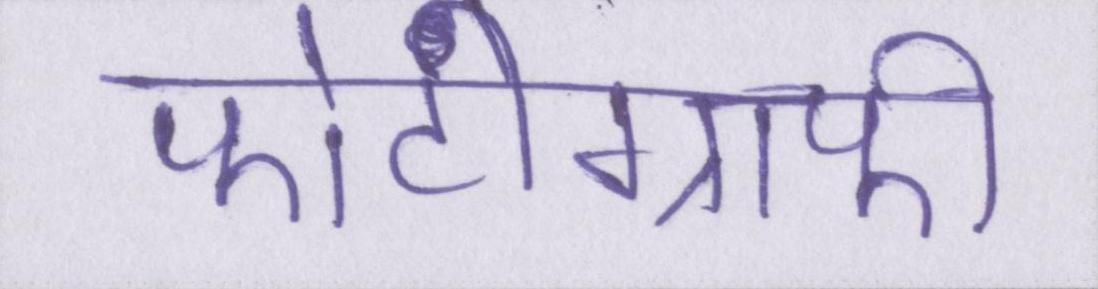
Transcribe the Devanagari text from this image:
फोटोग्राफी